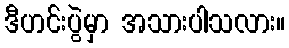
ဒီဟင်းပွဲမှာ အသားပါသလား။